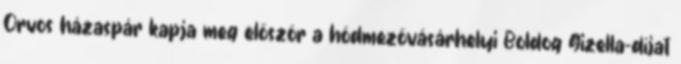
Orvos házaspár kapja meg először a hódmezővásárhelyi Boldog Gizella-díjat